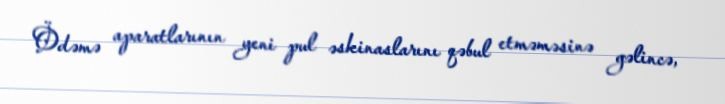
Ödəmə aparatlarının yeni pul əskinaslarını qəbul etməməsinə gəlincə,